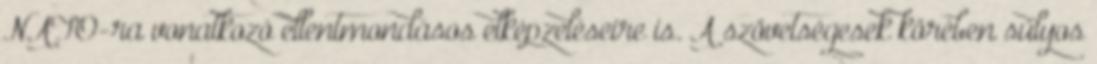
NATO-ra vonatkozó ellentmondásos elképzeléseire is. A szövetségesek körében súlyos